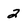
Character: 2